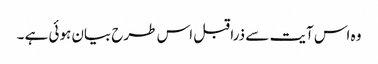
وہ اس آیت سے ذرا قبل اس طرح بیان ہوئی ہے ۔